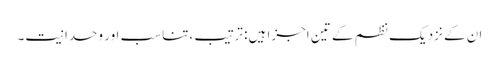
ان کے نزدیک نظم کے تین اجزا ہیں: ترتیب ،تناسب اور وحدانیت۔